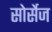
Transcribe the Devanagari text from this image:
सोर्सेज